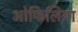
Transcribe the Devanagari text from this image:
ओफिलिया